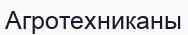
Агротехниканы